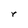
Character: r